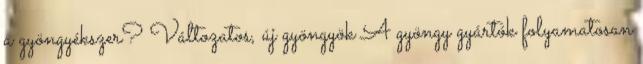
a gyöngyékszer? Változatos, új gyöngyök A gyöngy gyártók folyamatosan